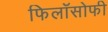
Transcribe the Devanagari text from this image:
फिलॉसोफी